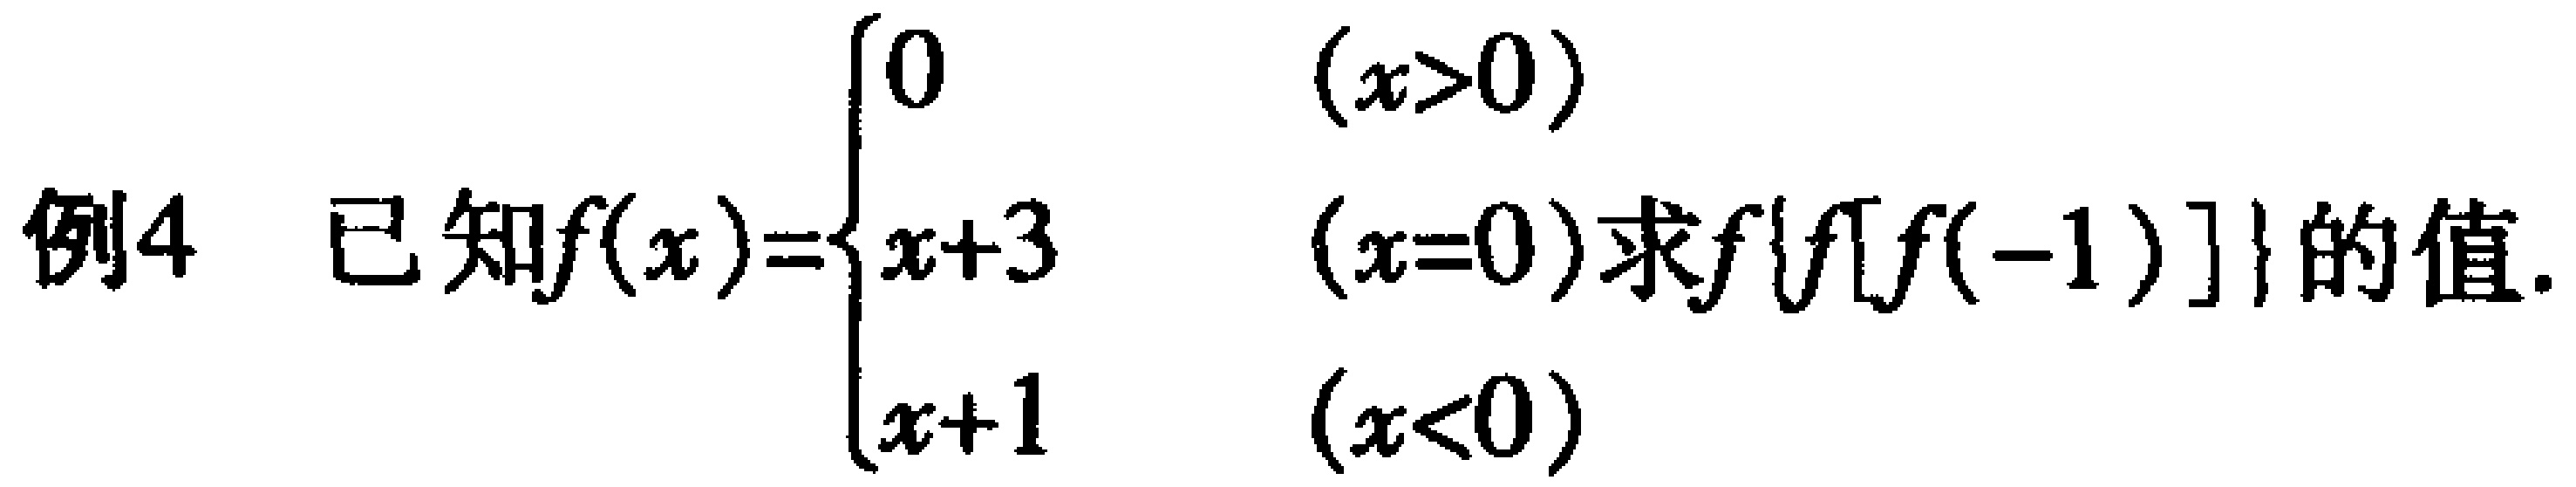
例4 已知\(f(x)=\begin{cases}
0 & (x>0) \\
x + 3 & (x = 0)\\
x + 1 & (x<0)
\end{cases}\)求\(f\{f[f(-1)]\}\)的值.